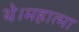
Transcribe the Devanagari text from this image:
थे।महात्मा